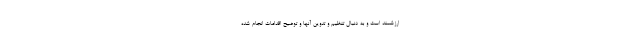
ارزشمند است و به دنبال تنظیم و تدوین آنها و توضیح اقدامات انجام شده